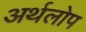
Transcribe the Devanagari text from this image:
अर्थलोप